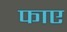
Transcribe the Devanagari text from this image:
फाए